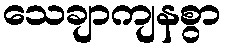
သေချာကျနစွာ